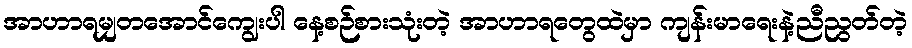
အာဟာရမျှတအောင်ကျွေးပါ နေ့စဉ်စားသုံးတဲ့ အာဟာရတွေထဲမှာ ကျန်းမာရေးနဲ့ညီညွတ်တဲ့